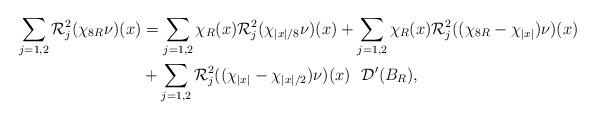
LaTeX: \begin{align*}\sum_{j=1,2}\mathcal{R}_j^2(\chi_{8R}\nu)(x)&=\sum_{j=1,2}\chi_R(x)\mathcal{R}_j^2(\chi_{|x|/8}\nu)(x)+\sum_{j=1,2}\chi_R(x)\mathcal{R}_j^2((\chi_{8R}-\chi_{|x|})\nu)(x)\\&+\sum_{j=1,2}\mathcal{R}_j^2((\chi_{|x|}-\chi_{|x|/2})\nu)(x)~~\mathcal{D}'(B_{R}),\end{align*}